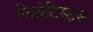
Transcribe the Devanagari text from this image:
लिब्रेटिस्ट्स